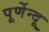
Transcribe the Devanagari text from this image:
पूर्णेन्दू